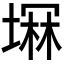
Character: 𫮚